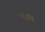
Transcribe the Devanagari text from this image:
पड़झड